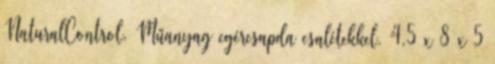
NaturalControl. Műanyag egércsapda csalétekkel. 4,5 x 8 x 5